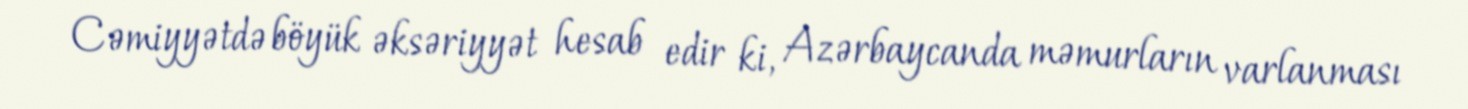
Cəmiyyətdə böyük əksəriyyət hesab edir ki, Azərbaycanda məmurların varlanması